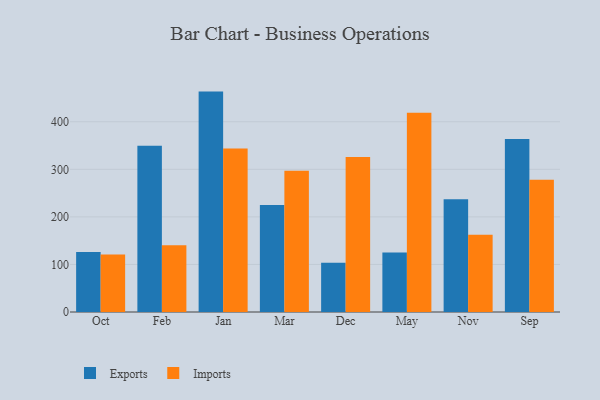
{"axis": {"x": "Month", "y": "Gross Profit (USD K)"}, "legend": ["Exports", "Imports"], "data": [{"x": "Oct", "y": 126.4, "type": "Exports"}, {"x": "Oct", "y": 121.1, "type": "Imports"}, {"x": "Feb", "y": 349.7, "type": "Exports"}, {"x": "Feb", "y": 140.5, "type": "Imports"}, {"x": "Jan", "y": 463.4, "type": "Exports"}, {"x": "Jan", "y": 343.9, "type": "Imports"}, {"x": "Mar", "y": 225.1, "type": "Exports"}, {"x": "Mar", "y": 296.8, "type": "Imports"}, {"x": "Dec", "y": 103.8, "type": "Exports"}, {"x": "Dec", "y": 325.8, "type": "Imports"}, {"x": "May", "y": 125.2, "type": "Exports"}, {"x": "May", "y": 418.8, "type": "Imports"}, {"x": "Nov", "y": 237.1, "type": "Exports"}, {"x": "Nov", "y": 162.6, "type": "Imports"}, {"x": "Sep", "y": 363.6, "type": "Exports"}, {"x": "Sep", "y": 278.1, "type": "Imports"}]}